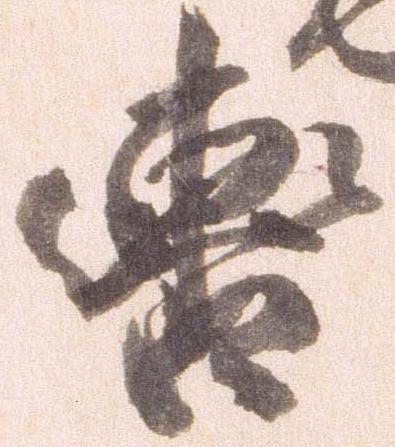
轡